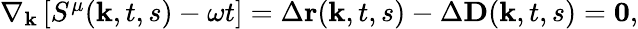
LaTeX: \begin{array}{r}{\nabla_{\textbf{k}}\left[S^{\mu}(\mathbf{k},t,s)-\omega t\right]=\Delta\textbf{r}(\textbf{k},t,s)-\Delta\textbf{D}(\textbf{k},t,s)=\textbf{0},}\end{array}